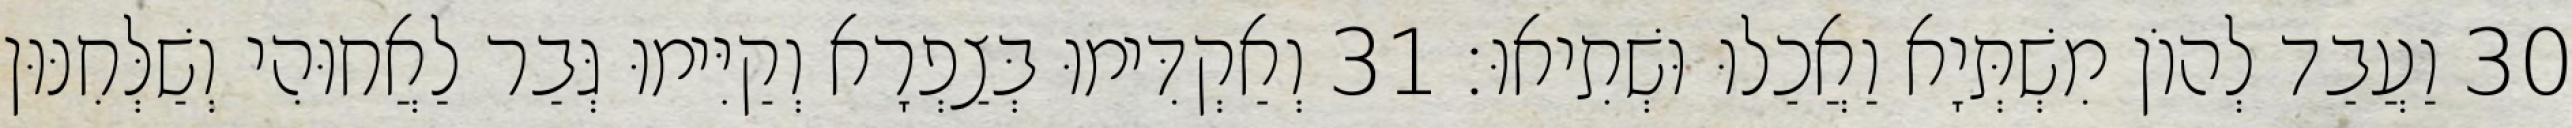
30 וַעֲבַד לְהוֹן מִשְׁתְּיָא וַאֲכַלוּ וּשְׁתִיאוּ׃ 31 וְאַקְדִּימוּ בְּצַפְרָא וְקַיִּימוּ גְּבַר לַאֲחוּהִי וְשַׁלְּחִנּוּן